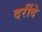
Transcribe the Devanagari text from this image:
दरींदे